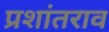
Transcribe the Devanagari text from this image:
प्रशांतराव